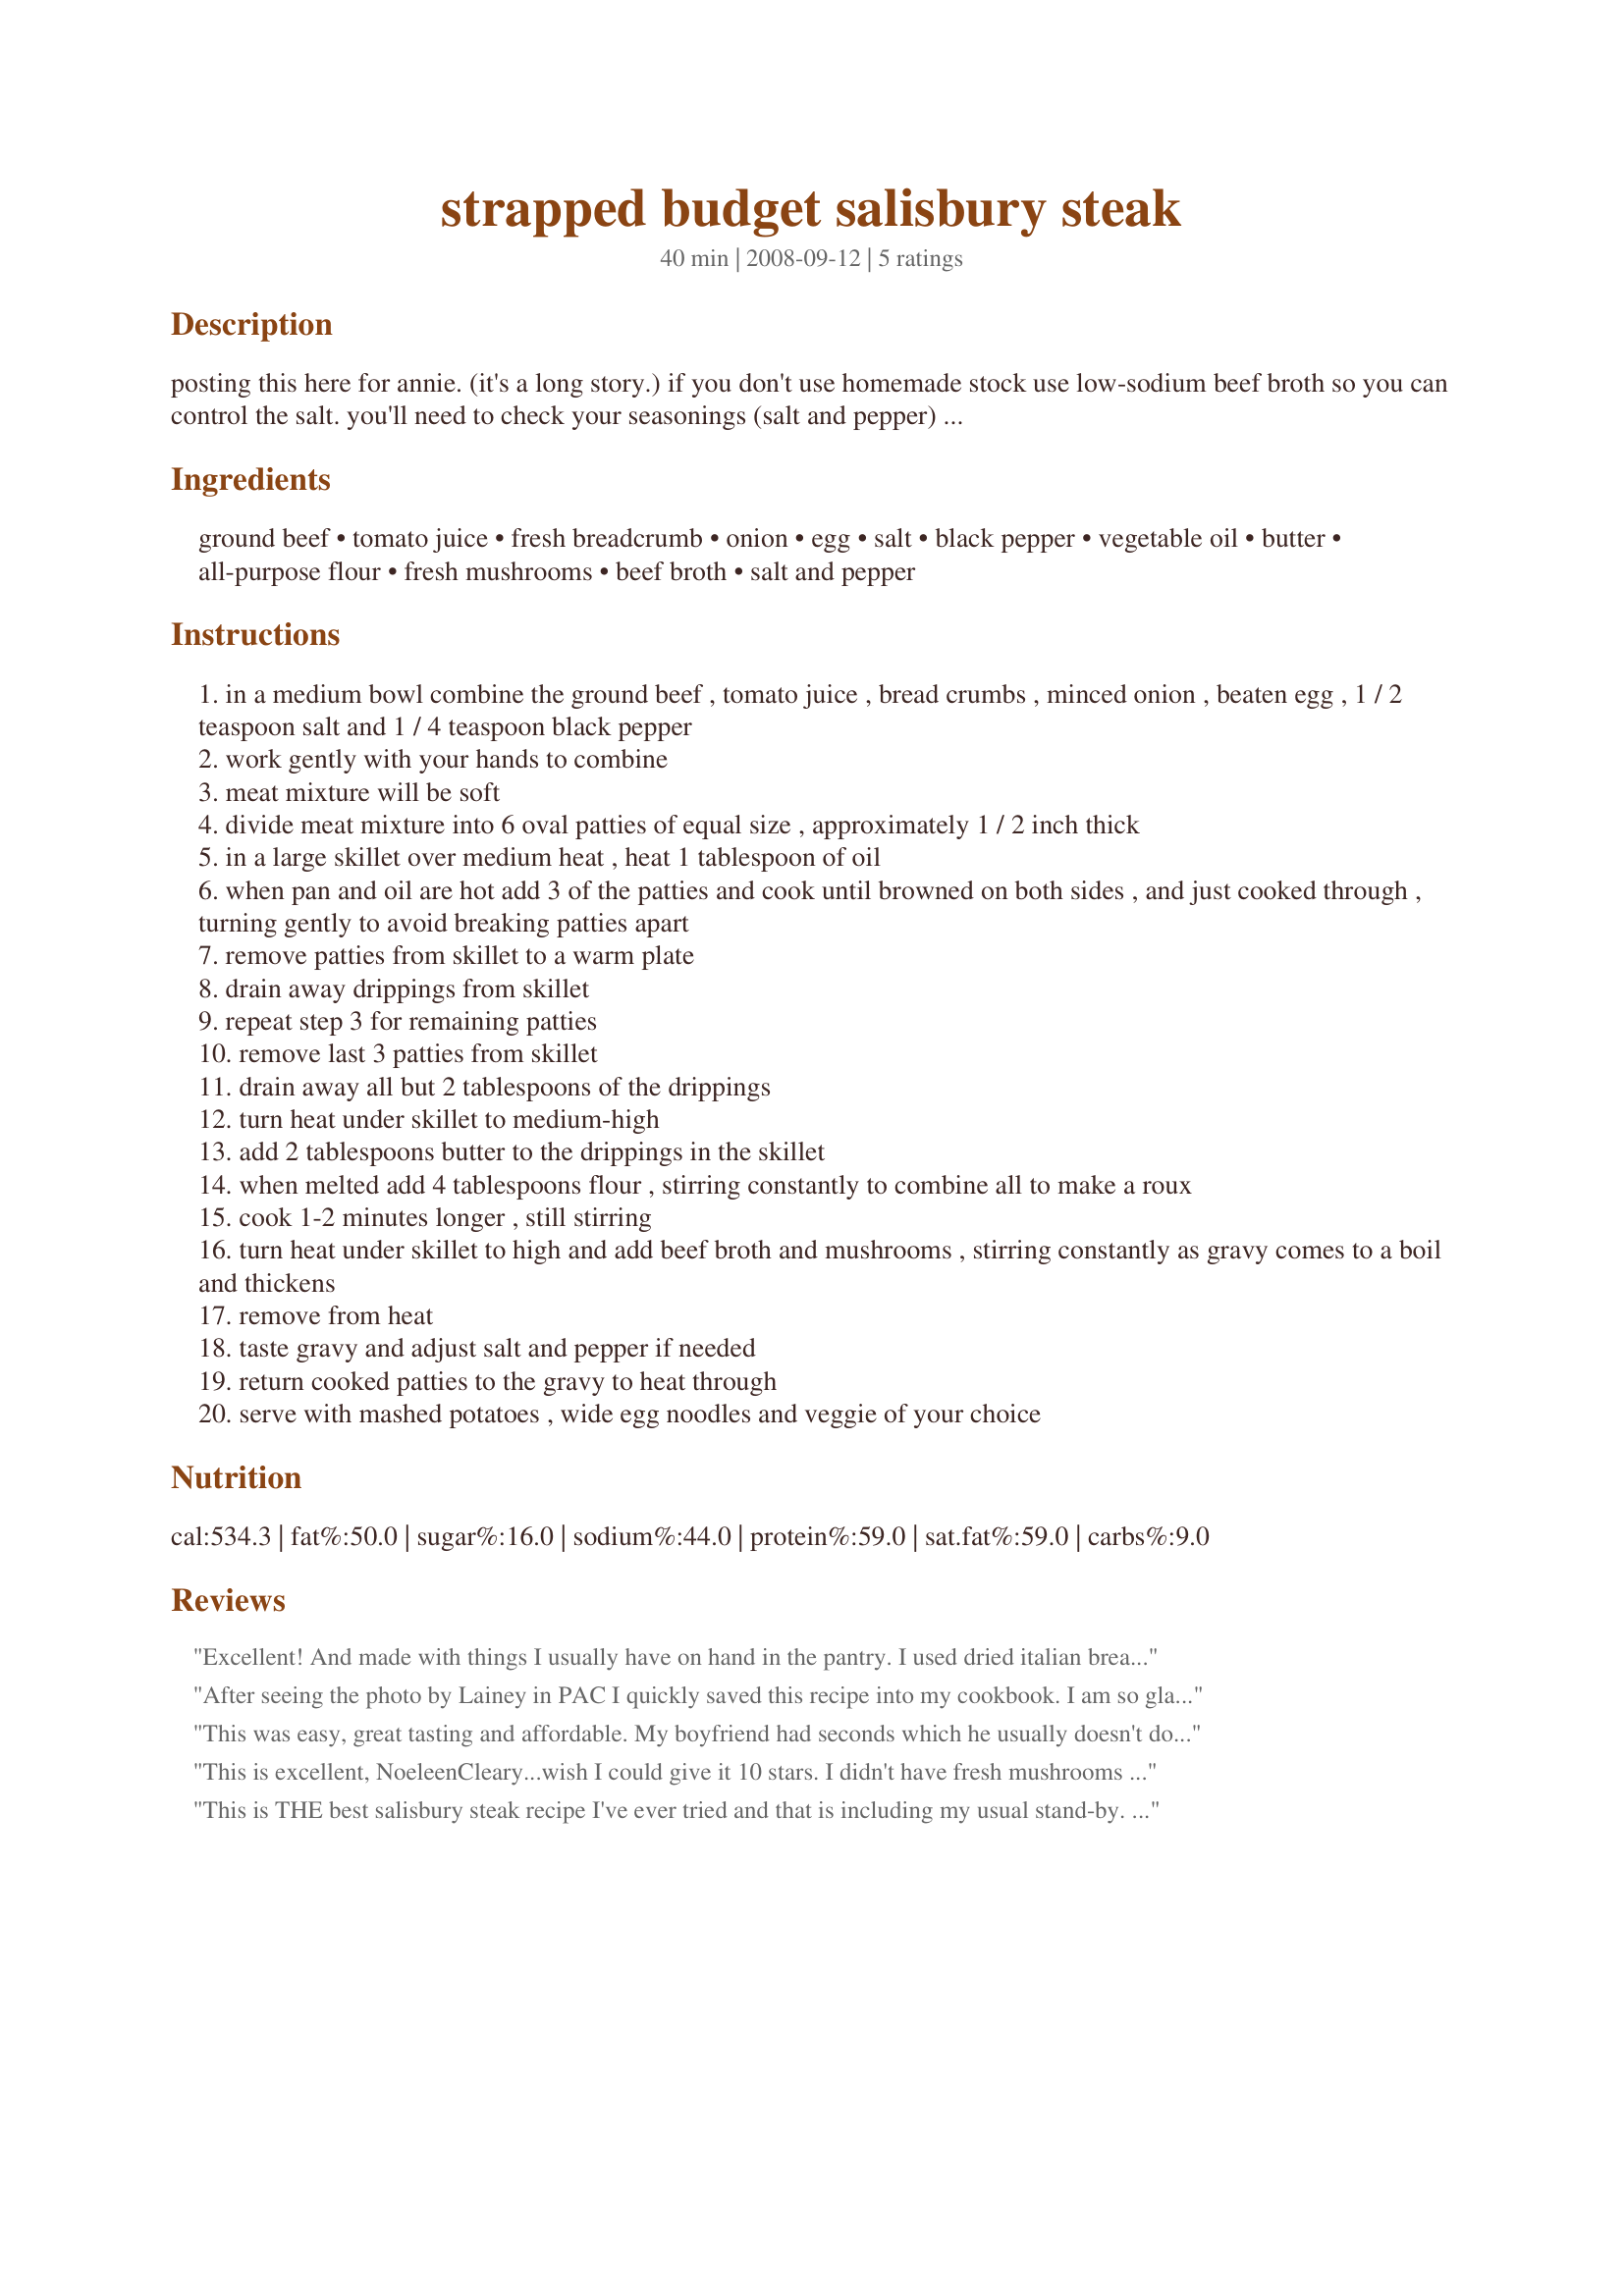
strapped budget salisbury steak
Preparation time: 40 minutes

posting this here for annie. (it's a long story.)

if you don't use homemade stock use low-sodium beef broth so you can control the salt. you'll need to check your seasonings (salt and pepper) after making the gravy. this makes a little extra gravy for mashed potatoes or noodles or what-have-you.

prep and cooking times are approximate.

you can do this!
eta: thank you, lainey, for the wonderful review. i was unclear in the instructions about the size of the patties if you had to cook them longer and i apologize. change has been made specifying that. i'm glad you enjoyed them.

Ingredients:
ground beef, tomato juice, fresh breadcrumb, onion, egg, salt, black pepper, vegetable oil, butter, all-purpose flour, fresh mushrooms, beef broth, salt and pepper

Steps:
in a medium bowl combine the ground beef , tomato juice , bread crumbs , minced onion , beaten egg , 1 / 2 teaspoon salt and 1 / 4 teaspoon black pepper
work gently with your hands to combine
meat mixture will be soft
divide meat mixture into 6 oval patties of equal size , approximately 1 / 2 inch thick
in a large skillet over medium heat , heat 1 tablespoon of oil
when pan and oil are hot add 3 of the patties and cook until browned on both sides , and just cooked through , turning gently to avoid breaking patties apart
remove patties from skillet to a warm plate
drain away drippings from skillet
repeat step 3 for remaining patties
remove last 3 patties from skillet
drain away all but 2 tablespoons of the drippings
turn heat under skillet to medium-high
add 2 tablespoons butter to the drippings in the skillet
when melted add 4 tablespoons flour , stirring constantly to combine all to make a roux
cook 1-2 minutes longer , still stirring
turn heat under skillet to high and add beef broth and mushrooms , stirring constantly as gravy comes to a boil and thickens
remove from heat
taste gravy and adjust salt and pepper if needed
return cooked patties to the gravy to heat through
serve with mashed potatoes , wide egg noodles and veggie of your choice

Reviews:
Excellent! And made with things I usually have on hand in the pantry. I used dried italian bread crumbs, substituted 1 Tbsp onion powder for minced onion (hubby hates the texture of real onions), and made gravy without mushrooms. Plenty flavorful! Just add salt to your tasting! Thanks!! A nice alternative to meatloaf for dinner. Just served with buttered pasta noodles.
After seeing the photo by Lainey in PAC I quickly saved this recipe into my cookbook. I am so glad I did! They were excellent and not bland as most hamburger steaks are. I used ground round so had very lean beef. I ended up adding a little bit of tomato juice to the pan after the steaks were seared to keep them cooking. (We like our ground beef very done.) The gravy was nicely flavored as well. Thank you so much for sharing your recipe!
This was easy, great tasting and affordable. My boyfriend had seconds which he usually doesn't do. He complained about being too bloated afterwards but I am sure that it was worth it. Thank-you for posting.
This is excellent, NoeleenCleary...wish I could give it 10 stars. I didn't have fresh mushrooms on hand so I used canned. It still came out absolutely delicious. Thanks so much for sharing this great comfort food.
This is THE best salisbury steak recipe I've ever tried and that is including my usual stand-by. The flavor of the "steaks" are wonderful and they came out so tender. I used pretty lean ground beef so I didn't have any drippings. I added a little more butter to make the roux because of this. After the gravy was done, I did put the steaks back into the skillet and simmered with the mushrooms for about 30 minutes because they weren't quite done yet and I also wanted the mushrooms to be nicely done. The gravy is full of flavor as well. This is just excellent, Noeleen Cleary. Eating on a budget is definitely not boring! I served "Recipe#174819" with this. Made for Pick A Chef Fall 2008.
